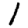
Digit: 1